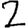
Digit: 2